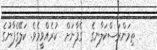
ތިމަންރަސްކަލާނގެ  ގެފާނަށް  ކުރެއްވީމެވެ. ކަލޭގެފާނުގެ